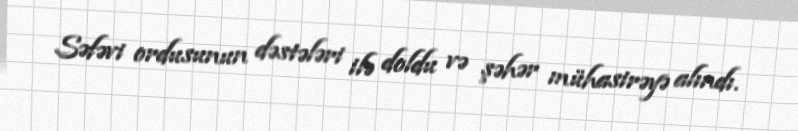
Səfəvi ordusunun dəstələri ilə doldu və şəhər mühasirəyə alındı.